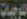
للوجبات